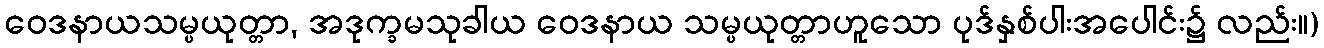
ဝေဒနာယသမ္ပယုတ္တာ, အဒုက္ခမသုခါယ ဝေဒနာယ သမ္ပယုတ္တာဟူသော ပုဒ်နှစ်ပါးအပေါင်း၌ လည်း။)